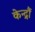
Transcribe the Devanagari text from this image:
केन्द्रौं